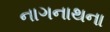
નાગનાથના